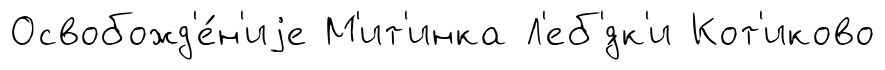
Освобожд'е́н'иjе М'ит'инка Л'еб'́дк'и Кот'иково